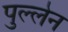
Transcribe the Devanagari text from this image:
पुल्लेन